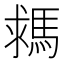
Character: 𩣗